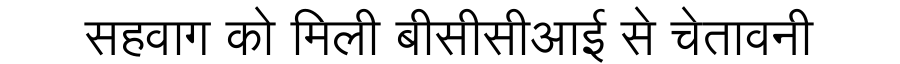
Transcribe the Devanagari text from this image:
सहवाग को मिली बीसीसीआई से चेतावनी